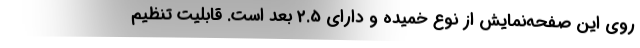
روی این صفحه‌نمایش از نوع خمیده و دارای 2.5 بعد است. قابلیت تنظیم